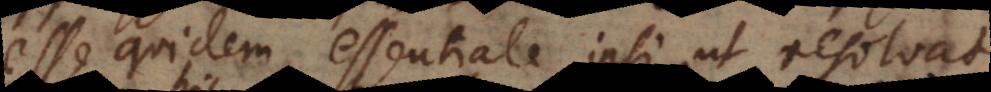
esse quidem essentiale ipsi, ut resolvat